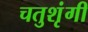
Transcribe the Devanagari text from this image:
चतुशृंगी